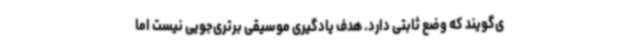
ی‌گویند که وضع ثابتی دارد. هدف یادگیری موسیقی برتری‌جویی نیست اما